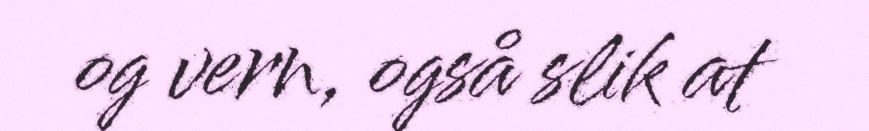
og vern, også slik at